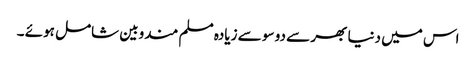
اس میں دنیا بھر سے دو سو سے زیادہ مسلم مندوبین شامل ہوئے ۔